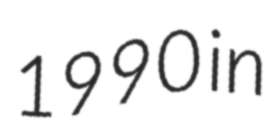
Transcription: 1990 in